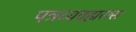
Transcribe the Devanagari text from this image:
पत्रव्यवहारास